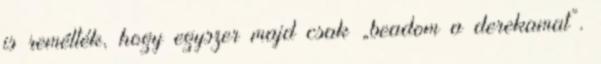
is remél­ték, hogy egyszer majd csak „beadom a derekamat”.